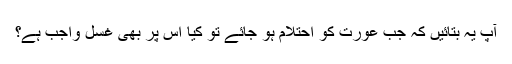
آپ یہ بتائیں کہ جب عورت کو احتلام ہو جائے تو کیا اس پر بھی غسل واجب ہے؟